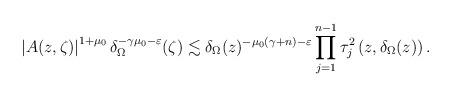
LaTeX: \begin{align*}\left|A(z,\zeta)\right|^{1+\mu_{0}}\delta_{\Omega}^{-\gamma\mu_{0}-\varepsilon}(\zeta)\lesssim\delta_{\Omega}(z)^{-\mu_{0}(\gamma+n)-\varepsilon}\prod_{j=1}^{n-1}\tau_{j}^{2}\left(z,\delta_{\Omega}(z)\right).\end{align*}